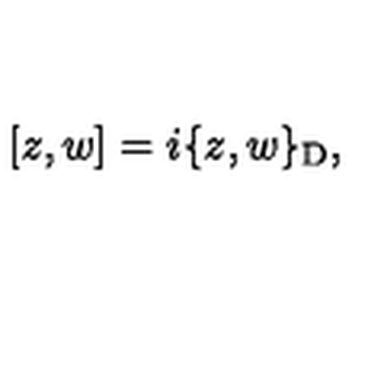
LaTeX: [ z , w ] = i \{ z , w \} _ { \mathrm { D } } ,